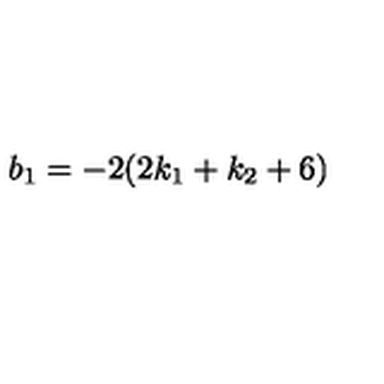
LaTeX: b _ { 1 } = - 2 ( 2 k _ { 1 } + k _ { 2 } + 6 )